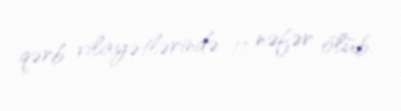
qərb vilayətlərində 11 nəfər ölüb.